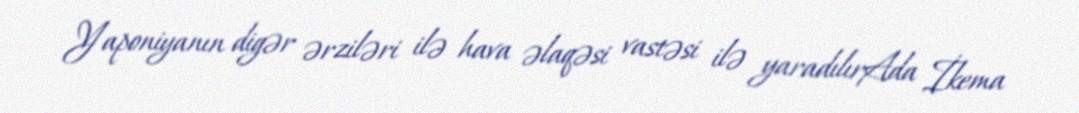
Yaponiyanın digər ərziləri ilə hava əlaqəsi vastəsi ilə yaradılırAda İkema